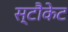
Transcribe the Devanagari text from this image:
स्टौकेट